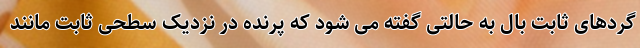
گردهای ثابت بال به حالتی گفته می شود که پرنده در نزدیک سطحی ثابت مانند